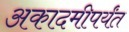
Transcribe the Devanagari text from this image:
अकादमीपर्यंत